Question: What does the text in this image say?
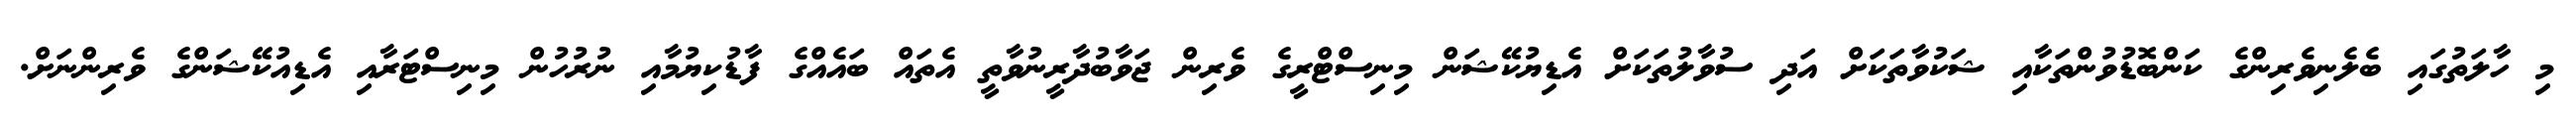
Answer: މި ހާލަތުގައި ބެލެނިވެރިންގެ ކަންބޮޑުވުންތަކާއި ޝަކުވާތަކަށް އަދި ސުވާލުތަކަށް އެޑިޔުކޭޝަން މިނިސްޓްރީގެ ވެރިން ޖަވާބުދާރީނުވާތީ އެތައް ބައެއްގެ ފާޑުކިޔުމާއި ނުރުހުން މިނިސްޓަރާއި އެޑިއުކޭޝަންގެ ވެރިންނަށް.